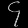
Digit: ၄